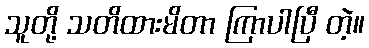
သူတို့ သတိထားမိတာ ကြာပါပြီ တဲ့။